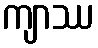
ကျာဿ